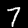
Label: 7